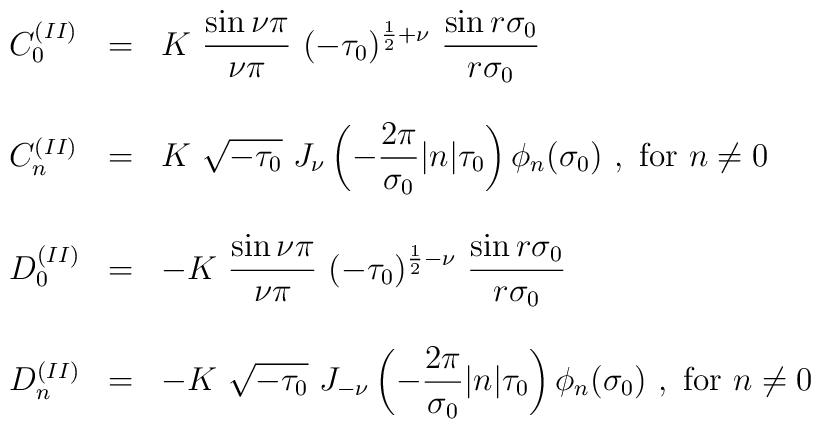
\begin{array}{lcl}C_0^{(II)} & = & {\displaystyle K~\frac{\sin \nu \pi}{\nu \pi}{}~(-\tau_0)^{\frac{1}{2} + \nu}~ \frac{\sin r \sigma_0}{r \sigma_0}}  \\& & \\C_n^{(II)} & = & {\displaystyle K~ \sqrt{-\tau_0}~ J_{\nu}\left(-\frac{2\pi}{\sigma_0} |n| \tau_0 \right) \phi_n(\sigma_0)~,~ {\rm for}~n\neq 0 } \\  & & \\D_0^{(II)} & = &{\displaystyle - K~\frac{\sin \nu \pi}{\nu \pi}{}~(-\tau_0)^{\frac{1}{2} - \nu} ~\frac{\sin r \sigma_0}{r \sigma_0}} \\& & \\D_n^{(II)} & = &{\displaystyle - K~ \sqrt{-\tau_0}~ J_{-\nu}\left(-\frac{2\pi}{\sigma_0} |n| \tau_0 \right) \phi_n(\sigma_0) ~,~ {\rm for}~n\neq 0 }\end{array}